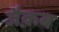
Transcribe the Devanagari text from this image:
जैक़ब